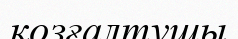
қозғалтушы